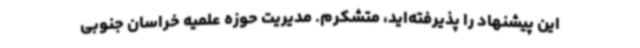
این پیشنهاد را پذیرفته‌اید، متشکرم. مدیریت حوزه علمیه خراسان جنوبی